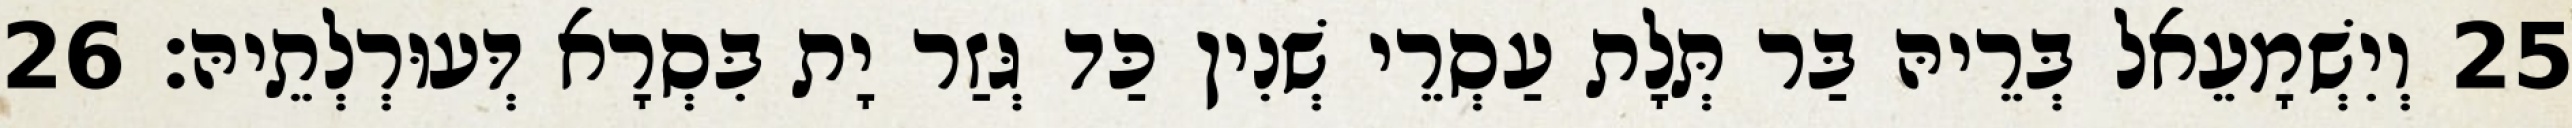
25 וְיִשְׁמָעֵאל בְּרֵיהּ בַּר תְּלָת עַסְרֵי שְׁנִין כַּד גְּזַר יָת בִּסְרָא דְּעוּרְלְתֵיהּ׃ 26